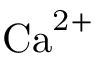
\mathrm { { C a } ^ { 2 + } }